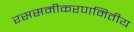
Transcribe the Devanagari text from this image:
रससमीकरणमितीय